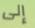
إلى